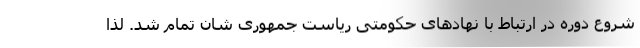
شروع دوره در ارتباط با نهادهای حکومتی ریاست جمهوری شان تمام شد. لذا